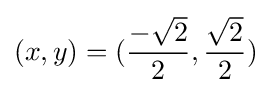
(x,y)=({\frac {-{\sqrt {2}}}{2}},{\frac {\sqrt {2}}{2}})